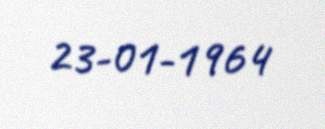
23-01-1964